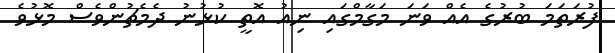
ފުރަތަަމަ ބުރުގެ އެއް ވަނަ މަގާމްގައި ނިއު އޮތީ ކުޅުުނު ދެމެޗުންވެސް މޮޅުވެ